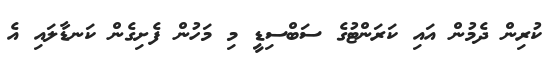
ކުރިން ދެމުން އައި ކަރަންޓުގެ ސަބްސިޑީ މި މަހުން ފެށިގެން ކަނޑާލައި އެ